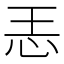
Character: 𱞂